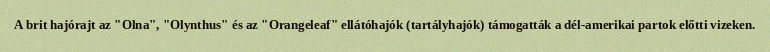
A brit hajórajt az "Olna", "Olynthus" és az "Orangeleaf" ellátóhajók (tartályhajók) támogatták a dél-amerikai partok előtti vizeken.